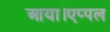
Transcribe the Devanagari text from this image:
आया।एप्पल